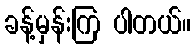
ခန့်မှန်းကြ ပါတယ်။